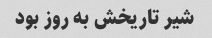
شیر تاریخش به روز بود